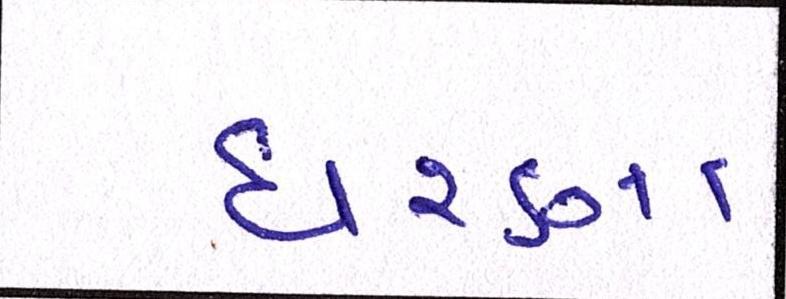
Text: ધરણા